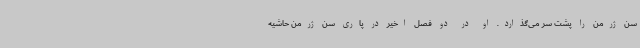
سن ژرمن را پشت سر می‌گذارد. او در دو فصل اخیر در پاری سن ژرمن حاشیه